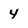
Character: 4